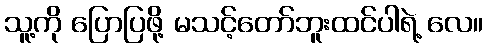
သူ့ကို ပြောပြဖို့ မသင့်တော်ဘူးထင်ပါရဲ့ လေ။